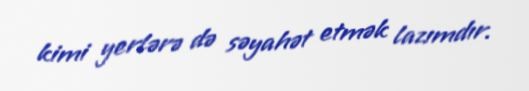
kimi yerlərə də səyahət etmək lazımdır.